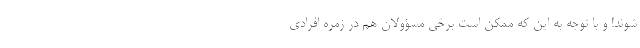
شوند! و با توجه به این که ممکن است برخی مسؤولان هم در زمره افرادی